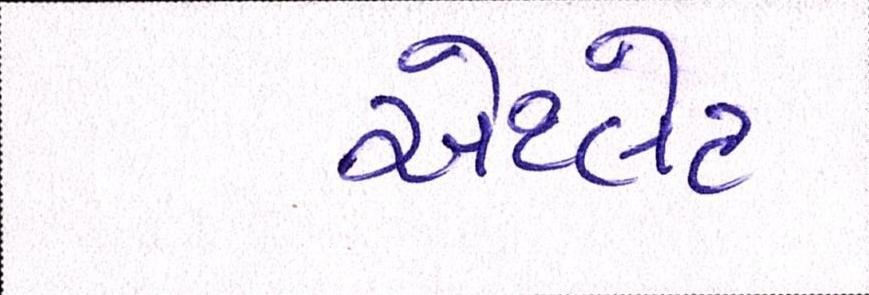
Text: એથ્લેટ